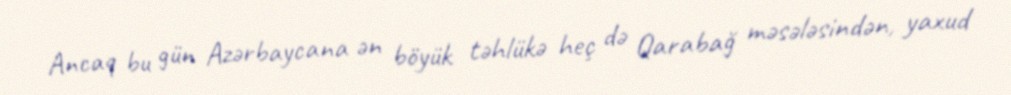
Ancaq bu gün Azərbaycana ən böyük təhlükə heç də Qarabağ məsələsindən, yaxud